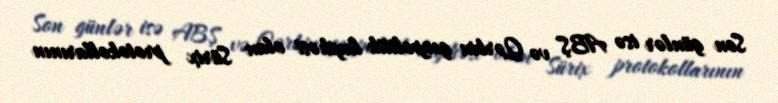
Son günlər isə ABŞ və Qərbin geopolitik layihəsi olan Sürix protokollarının